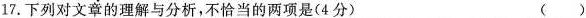
17.下列对文章的理解与分析，不恰当的两项是(4分) ( )